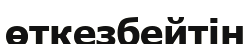
өткезбейтін